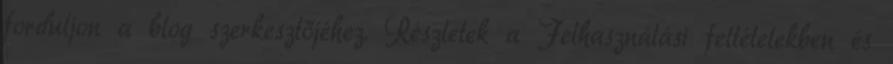
forduljon a blog szerkesztőjéhez. Részletek a Felhasználási feltételekben és